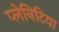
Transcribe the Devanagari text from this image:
प्लेनिटिया